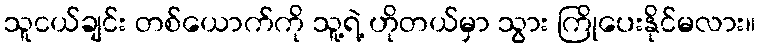
သူငယ်ချင်း တစ်ယောက်ကို သူ့ရဲ့ ဟိုတယ်မှာ သွား ကြိုပေးနိုင်မလား။